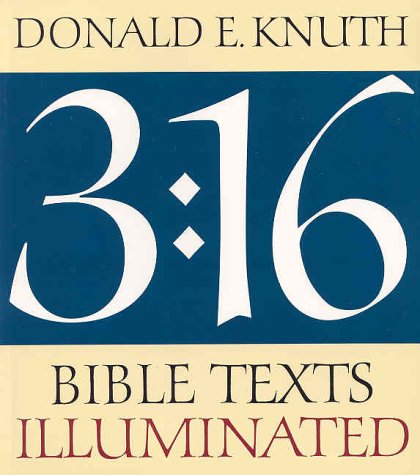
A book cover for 3:16 Bible Texts Illuminated; Donald E. Knuth; Arts & Photography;